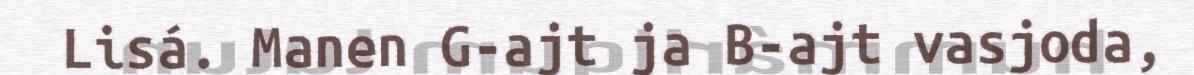
Lisá. Manen G-ajt ja B-ajt vasjoda,